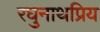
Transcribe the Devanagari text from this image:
रघुनाथप्रिय